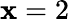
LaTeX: \mathbf{x}=2